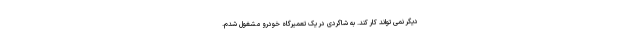
دیگر نمی تواند کار کند. به شاگردی در یک تعمیرگاه خودرو مشغول شدم.